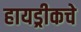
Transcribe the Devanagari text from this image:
हायड्रीकचे